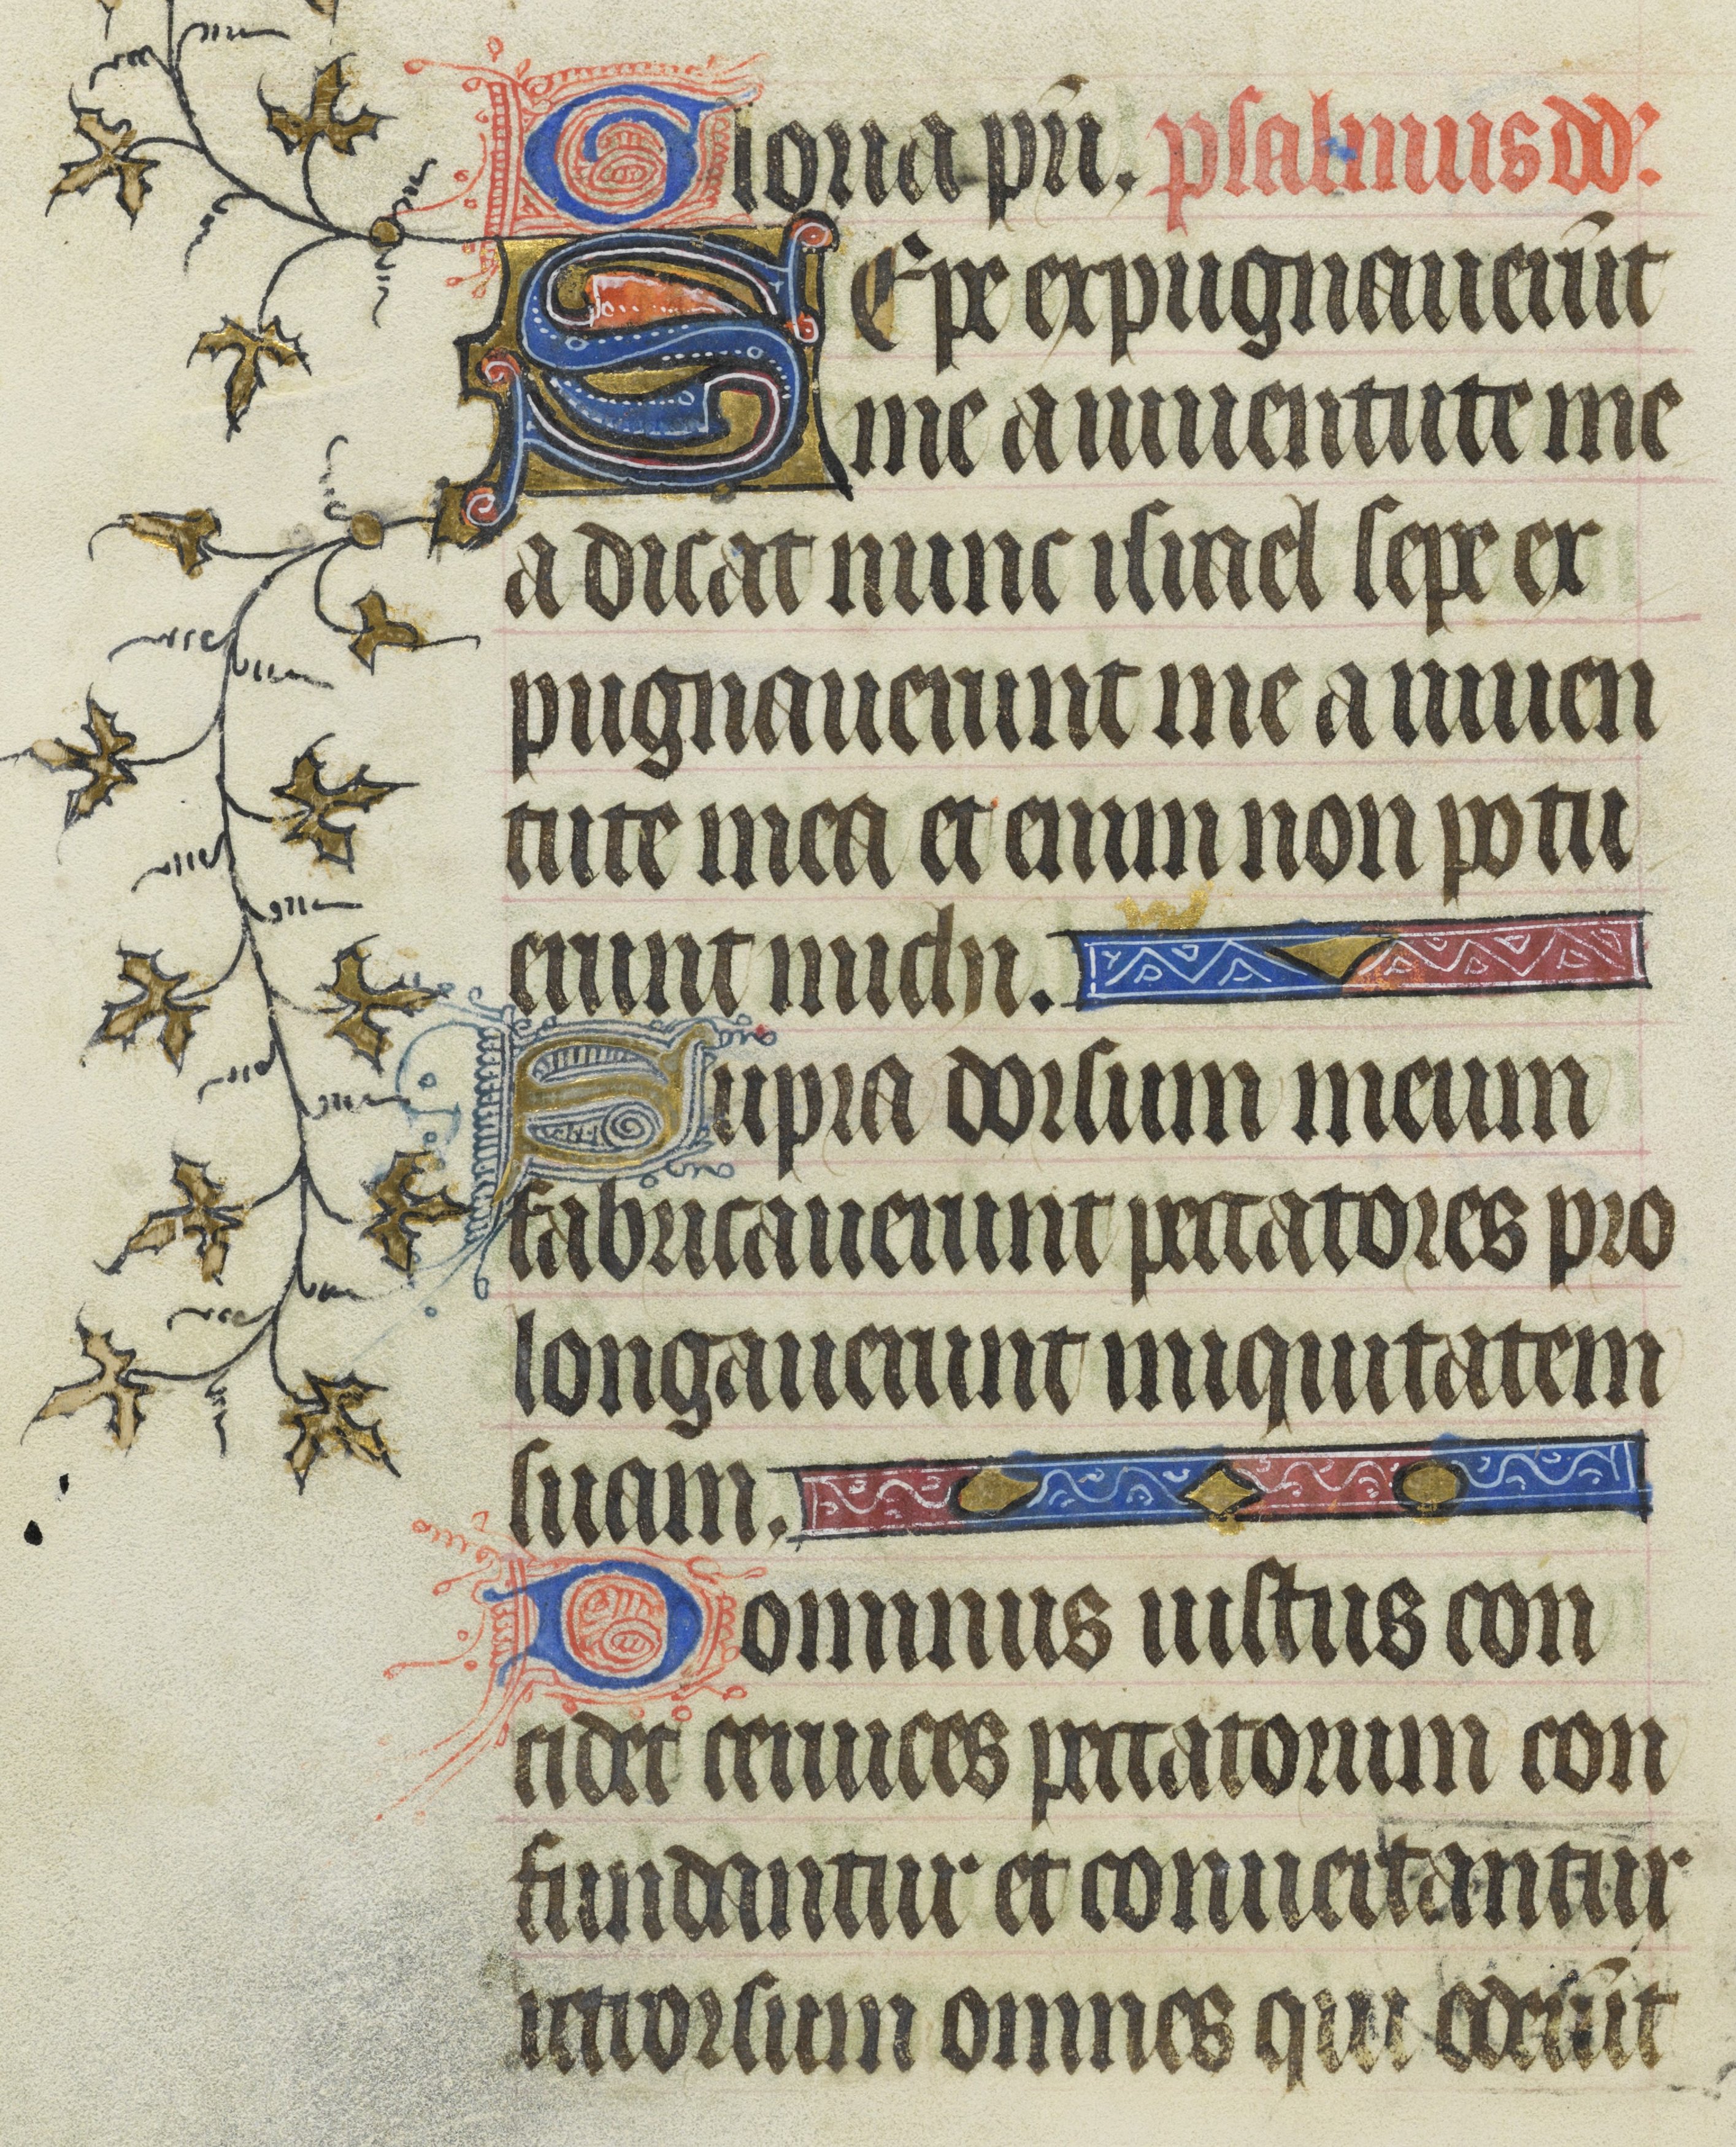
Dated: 1400–1430